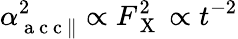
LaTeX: \alpha_{\mathrm{~a~c~c~}\parallel}^{2}\propto F_{\mathrm{~X~}}^{2}\propto t^{-2}